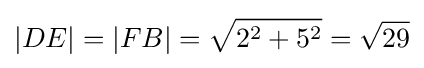
|DE|=|FB|={\sqrt {2^{2}+5^{2}}}={\sqrt {29}}